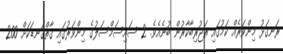
ރަނގަޅު މިންވަރެއް ކަމުގައި ތަޖުރިބާކާރުން ބުނެއެވެ. 2 ސައިސަމްސަލުގެ މިންވަރުގައި ގާތްގަނޑަކަށް 200